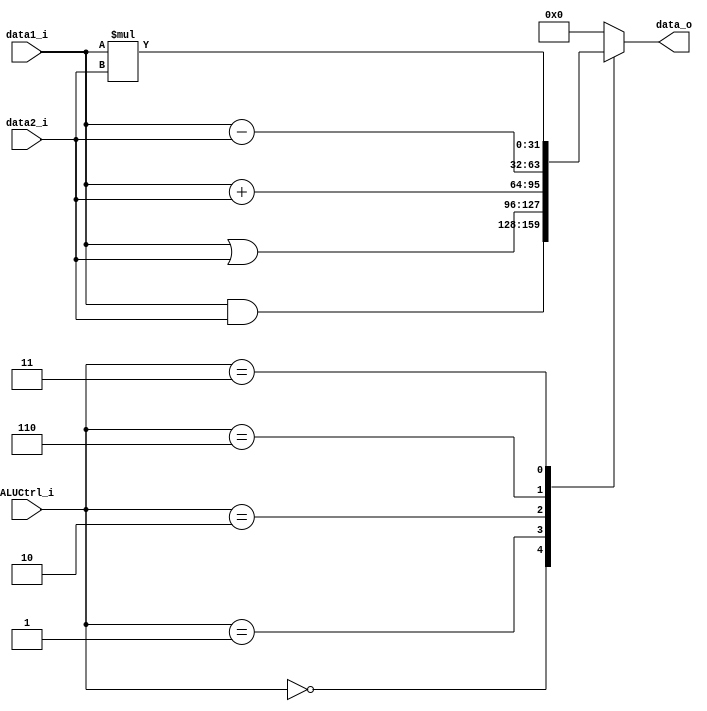
module ALU
(
    data1_i,
    data2_i,
    ALUCtrl_i,
    data_o
);

input   [31:0]      data1_i, data2_i;
input   [2:0]       ALUCtrl_i;
output  [31:0]      data_o;

reg     [31:0]      data_o;

assign Zero_o = 1'b0;

always@(data1_i or data2_i or ALUCtrl_i) begin
    case (ALUCtrl_i)
		3'b000	:	data_o = data1_i & data2_i;
		3'b001	:	data_o = data1_i | data2_i;
		3'b010	:	data_o = data1_i + data2_i;
		3'b110	:	data_o = data1_i - data2_i;
		3'b011	:	data_o = data1_i * data2_i;
		default :	data_o = 32'b0;
	endcase
end

endmodule